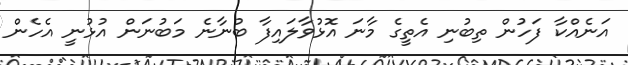
އަނެއްކާ ފަހުން ތިބުނި އެތީގެ މާނަ އޮޅުވާލައިފާ ބުނާނެ މަބުނަން އުޅުނީ އެހެން